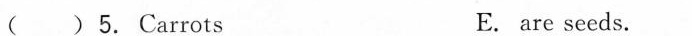
( ) 5.Carrots E. are seeds.